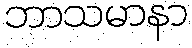
ဘာသမာနာ